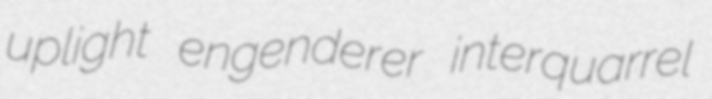
uplight engenderer interquarrel